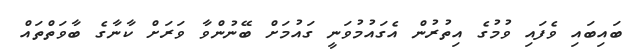
ބައިބައި ވެފައި ވުމުގެ އިތުރުން އެގައުމުވަނީ ގައުމަށް ބޭނުންވާ ވަރަށް ކާނާގެ ބާވަތްތައް